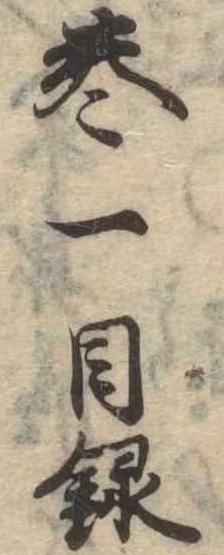
巻一目録